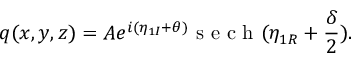
q ( x , y , z ) = A e ^ { i ( \eta _ { 1 I } + \theta ) } \mathrm { ~ s ~ e ~ c ~ h ~ } ( \eta _ { 1 R } + \frac { \delta } { 2 } ) .